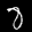
Label: 8